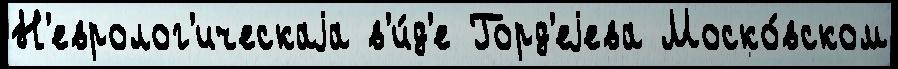
Н'евролог'ическаjа в'и́д'е Горд'еjева Моско́вском